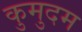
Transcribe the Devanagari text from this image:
कुमुदम